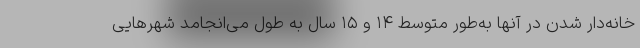
خانه‌دار شدن در آنها به‌طور متوسط ۱۴ و ۱۵ سال به طول می‌انجامد شهرهایی